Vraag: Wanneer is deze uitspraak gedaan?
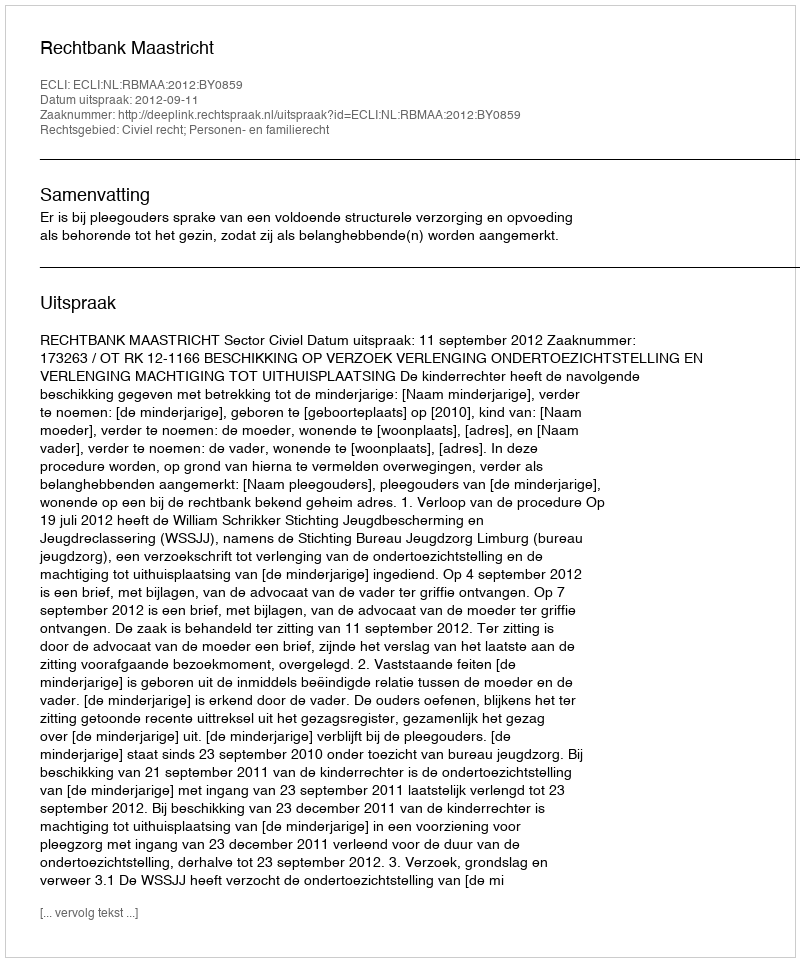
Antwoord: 2012-09-11